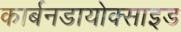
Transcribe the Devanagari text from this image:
कार्बनडायोक्साइड